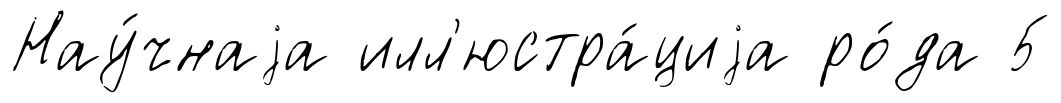
Нау́чнаjа илл'юстра́циjа ро́да 5